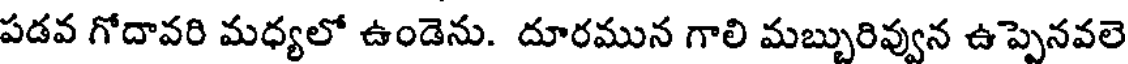
పడవ గోదావరి మధ్యలో ఉండెను. దూరమున గాలి మబ్బురివ్వున ఉప్పెనవలె